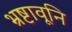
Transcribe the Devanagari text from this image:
भ्रष्टावूनि